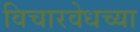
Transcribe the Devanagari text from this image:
विचारवेधच्या